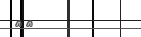
٦٤